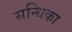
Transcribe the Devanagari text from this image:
सन्धिका